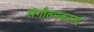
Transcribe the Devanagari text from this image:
संगीतमकरन्द